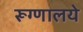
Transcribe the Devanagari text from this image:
रूग्णालये